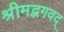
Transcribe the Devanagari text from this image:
श्रीमद्भगवद्